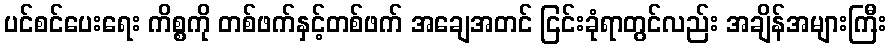
ပင်စင်ပေးရေး ကိစ္စကို တစ်ဖက်နှင့်တစ်ဖက် အချေအတင် ငြင်းခုံရာတွင်လည်း အချိန်အများကြီး